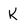
Character: K